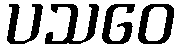
ပသဝေ